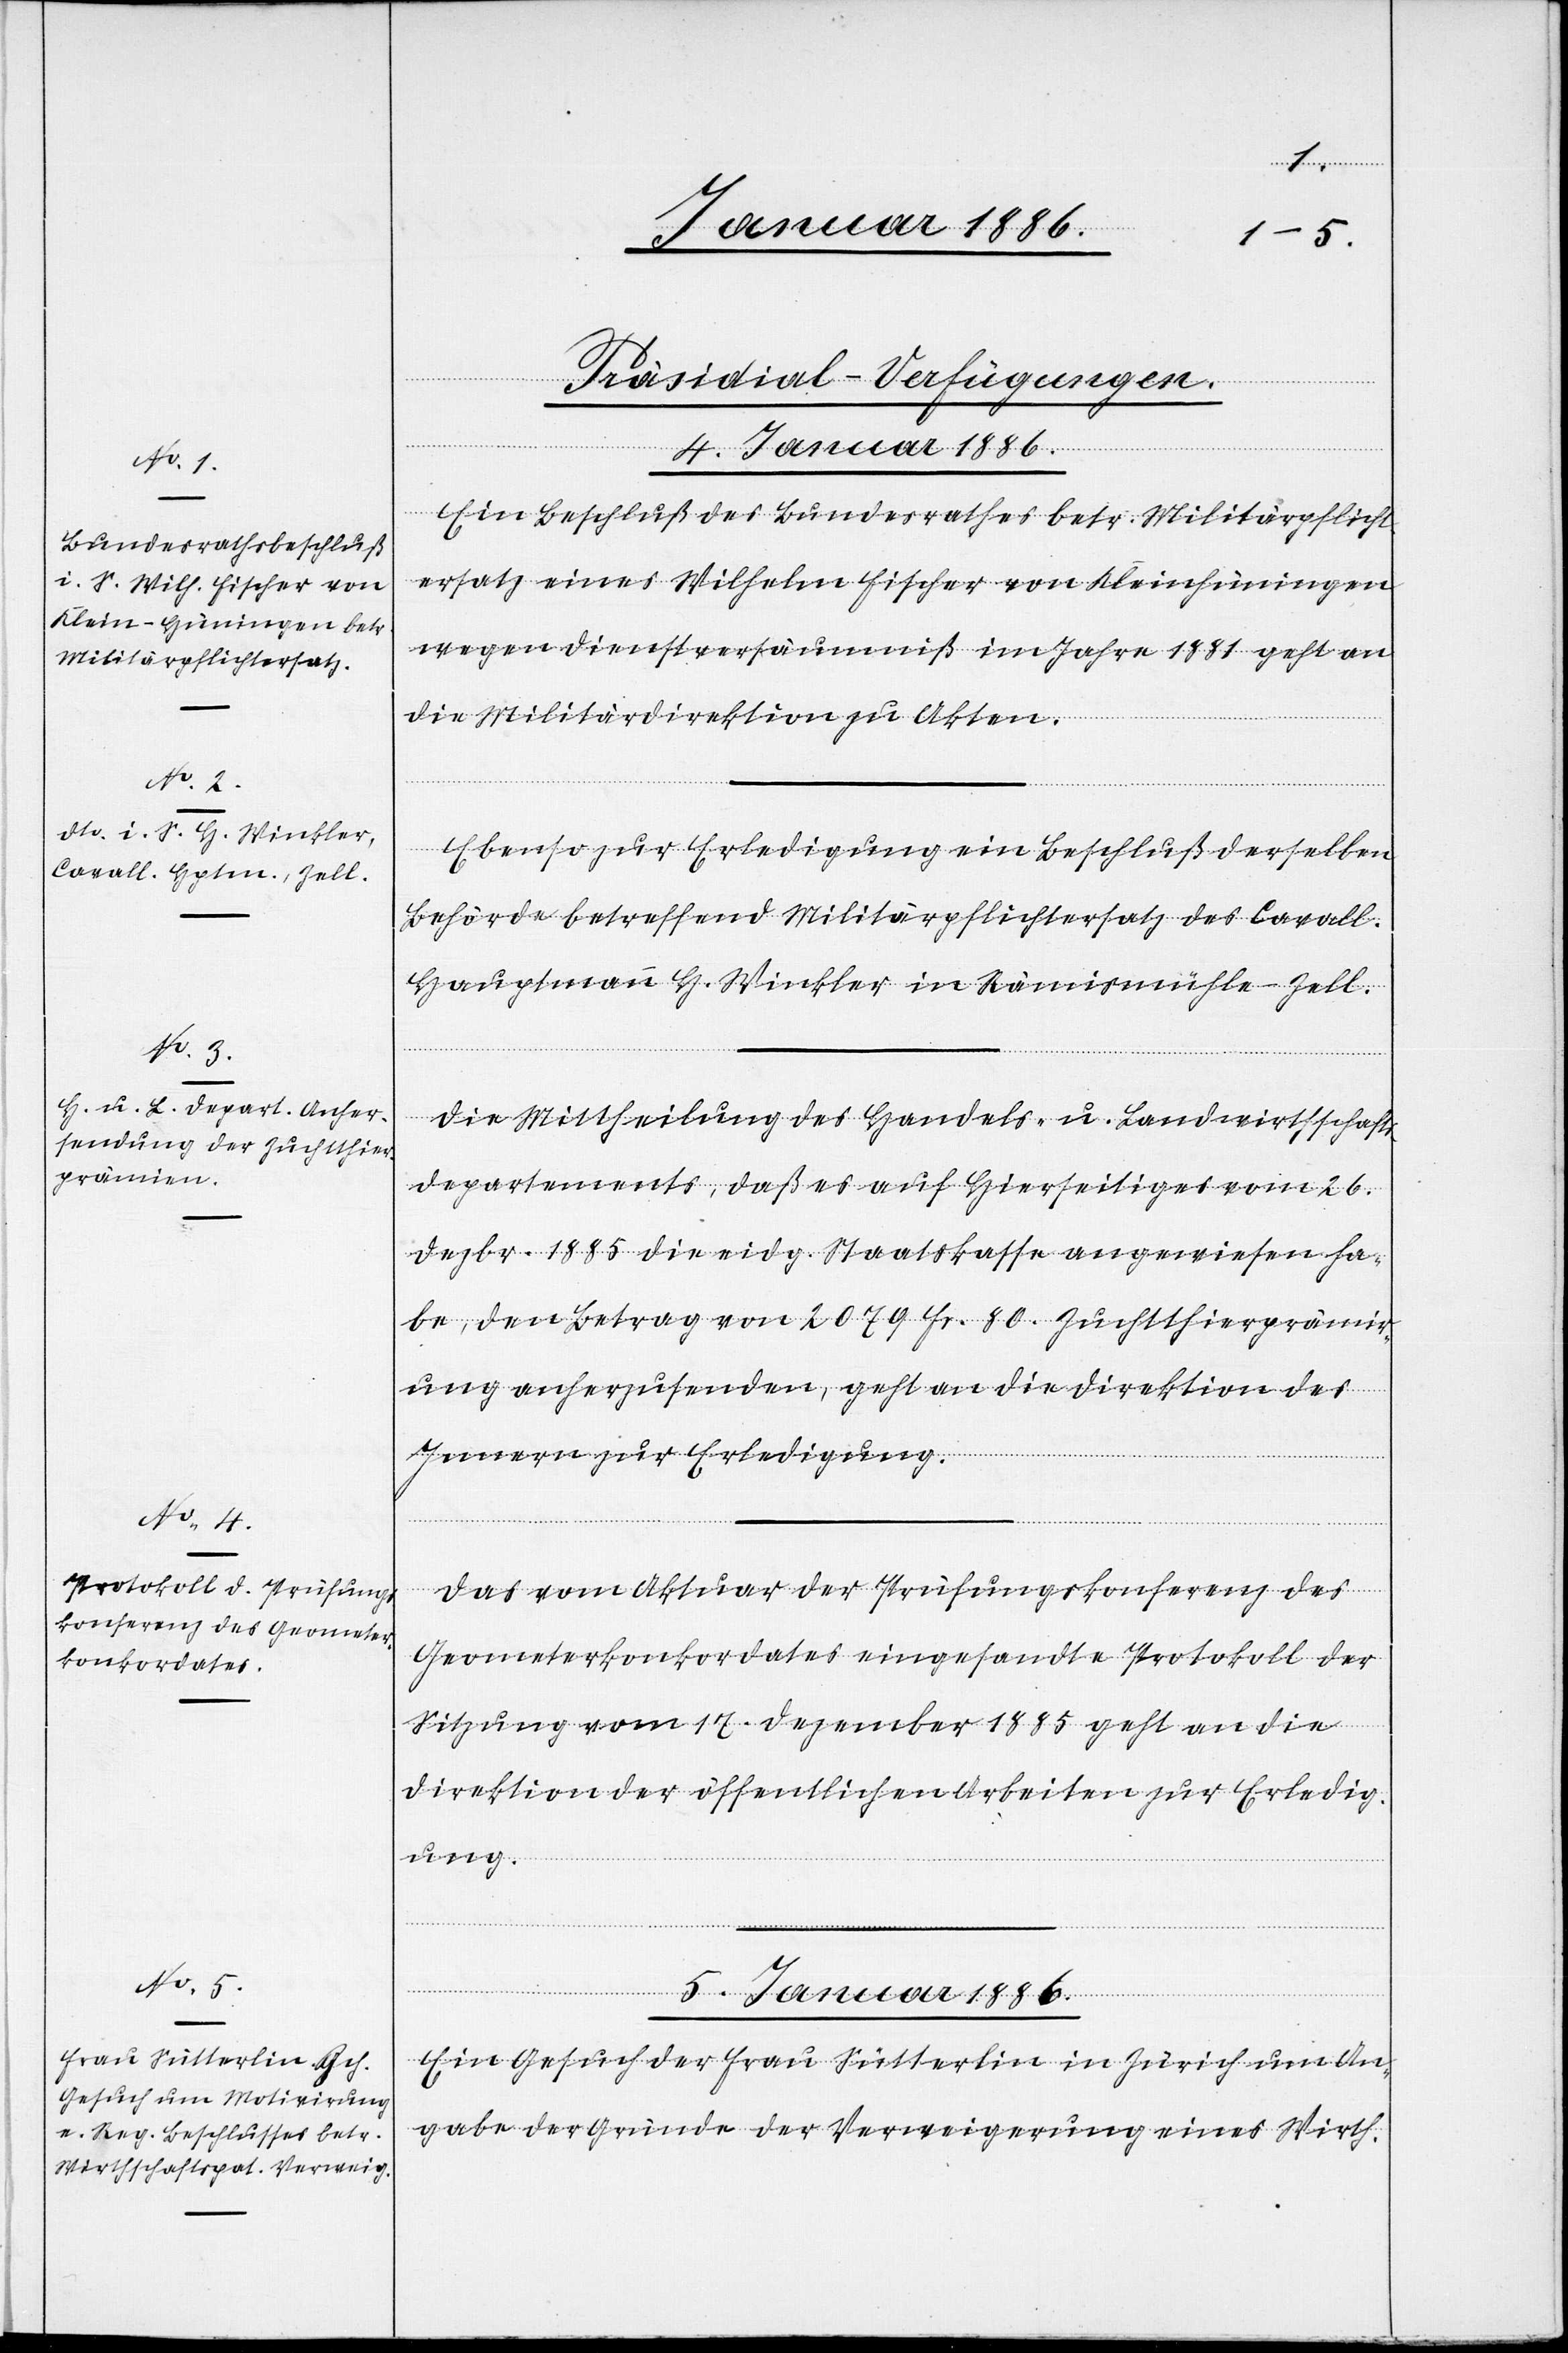
[Präsidial-Verfügungen.]
[Fortsetzung
4. Januar 1886.]
Ein Beschluß des Bundesrathes betr. Militärpflicht¬
ersatz eines Wilhelm Fischer von Kleinheiningen
wegen Dienstversäumniß im Jahre 1881 geht an
die Militärdirektion zu Akten.
Ebenso zur Erledigung ein Beschluß derselben
Behörde betreffend Militärpflichtersatz des Cavall.
Hauptmann H. Winckler in Königsmühle - Zell.
Die Mittheilung des Handels- u. Landwirthschafts¬
departements, daß es auf Hierseitiges vom 26.
Dezbr. 1885 die eidg. Staatskasse angewiesen ha¬
be, den Betrag von 2079 Fr. 80. Zuchtthierprämir¬
ung anherzusenden, geht an die Direktion des
Innern zur Erledigung.
Das vom Aktuar der Prüfungskonferenz des
Geometerkonkordates einhergesandte Protokoll der
Sitzung vom 17. Dezember 1885 geht an die
Direktion der öffentlichen Arbeiten zur Erledig¬
ung.
5. Januar 1886.
Ein Gesuch der Frau Sütterlin in Zürich um An¬
gabe der Gründe der Verweigerung eines Wirth-